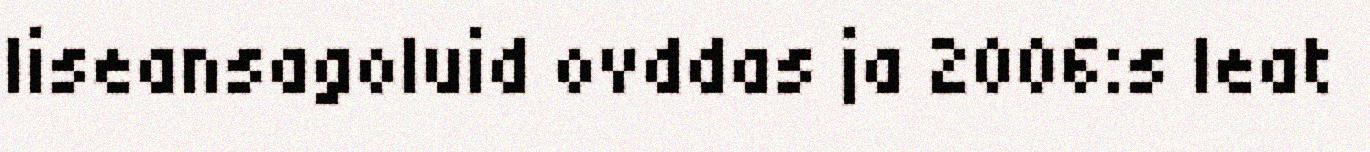
liseansagoluid ovddas ja 2006:s leat